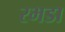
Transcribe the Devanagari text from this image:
रभडा